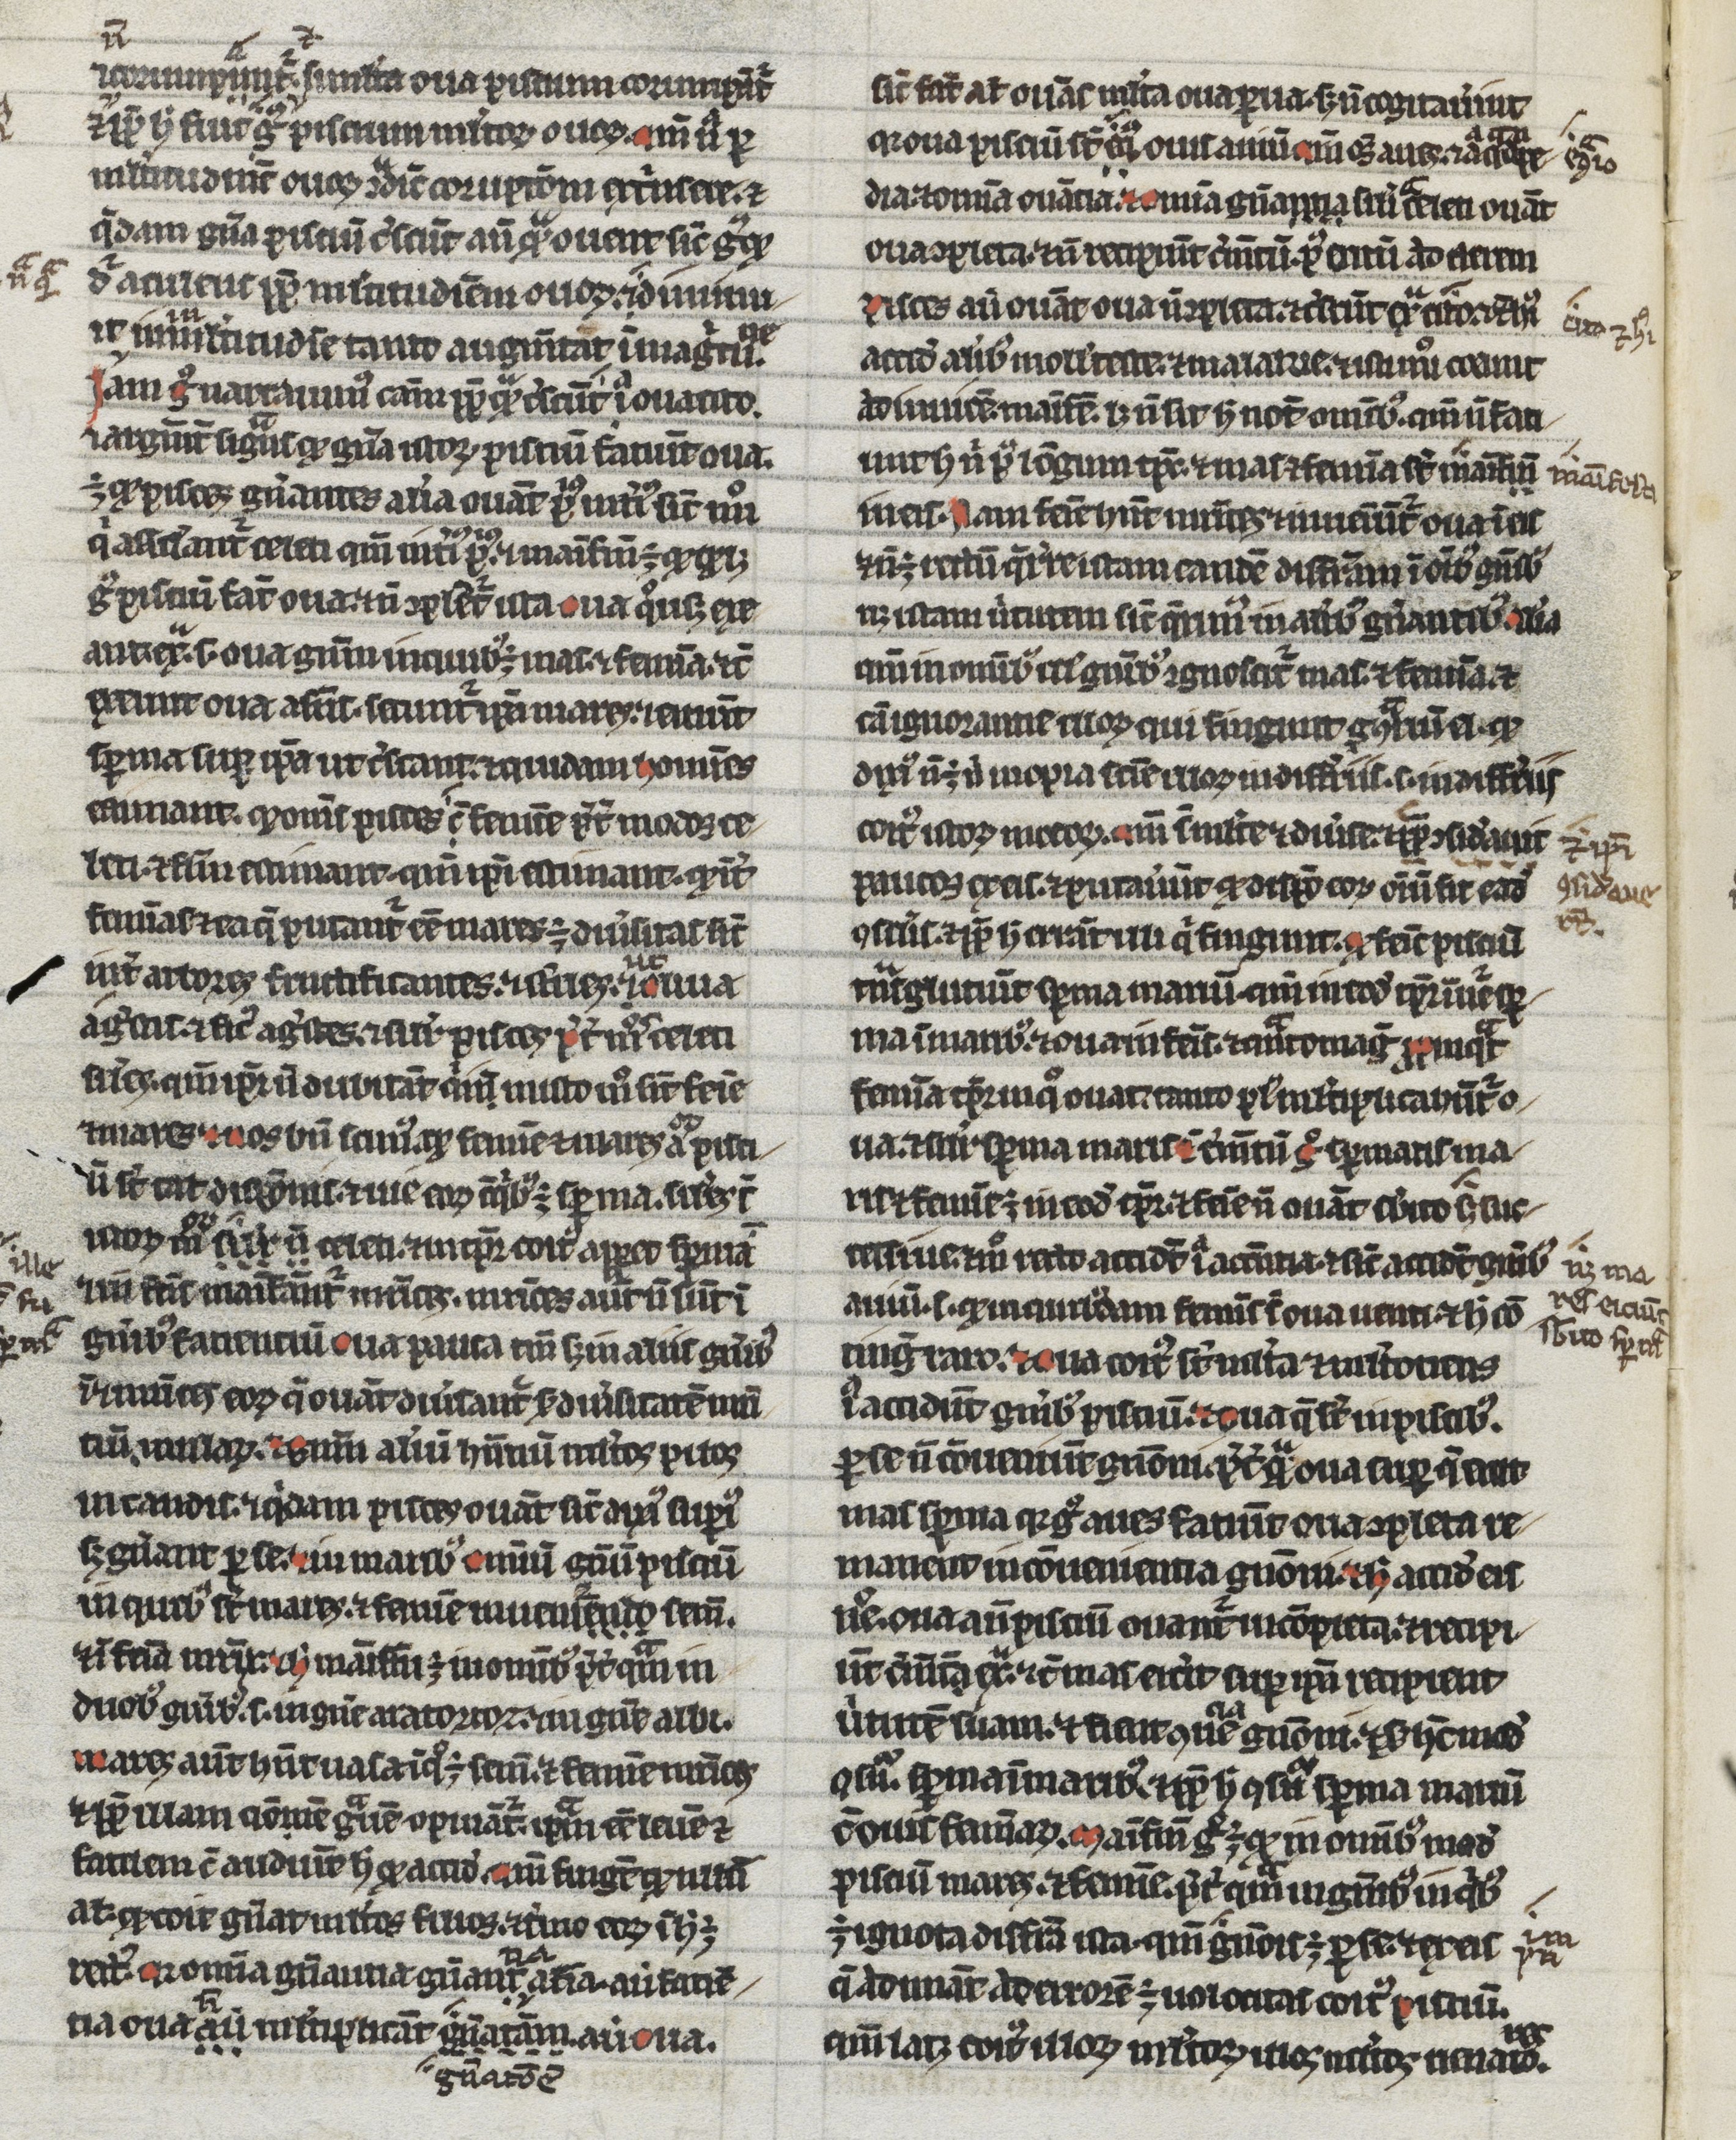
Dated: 1200–1299